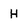
Character: H